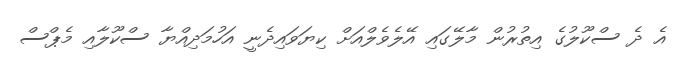
އެ ދެ ސްކޫލުގެ އިތުރުން މާލޭގައި އޭލެވެލްއަށް ކިޔަވައިދެނީ އަހުމަދިއްޔާ ސްކޫލާއި މެޕްސް